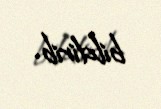
bildirib.